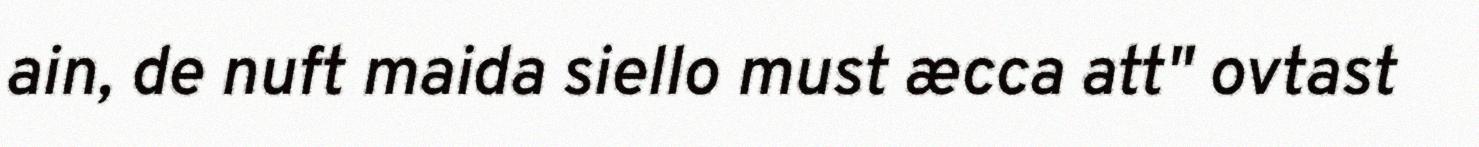
ain, de nuft maida siello must æcca att" ovtast